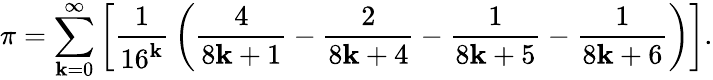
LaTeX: \pi=\sum_{\mathbf{k}=0}^{\infty}\left[{\frac{{1}}{{16^{\mathbf{k}}}}}\left({\frac{{4}}{{8\mathbf{k}+1}}}-{\frac{{2}}{{8\mathbf{k}+4}}}-{\frac{{1}}{{8\mathbf{k}+5}}}-{\frac{{1}}{{8\mathbf{k}+6}}}\right)\right].